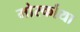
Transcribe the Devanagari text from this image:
मोर्स्काया